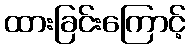
ထားခြင်းကြောင့်